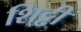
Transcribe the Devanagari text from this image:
शि्ट्टी